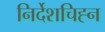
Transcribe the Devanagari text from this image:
निर्देशचिह्न